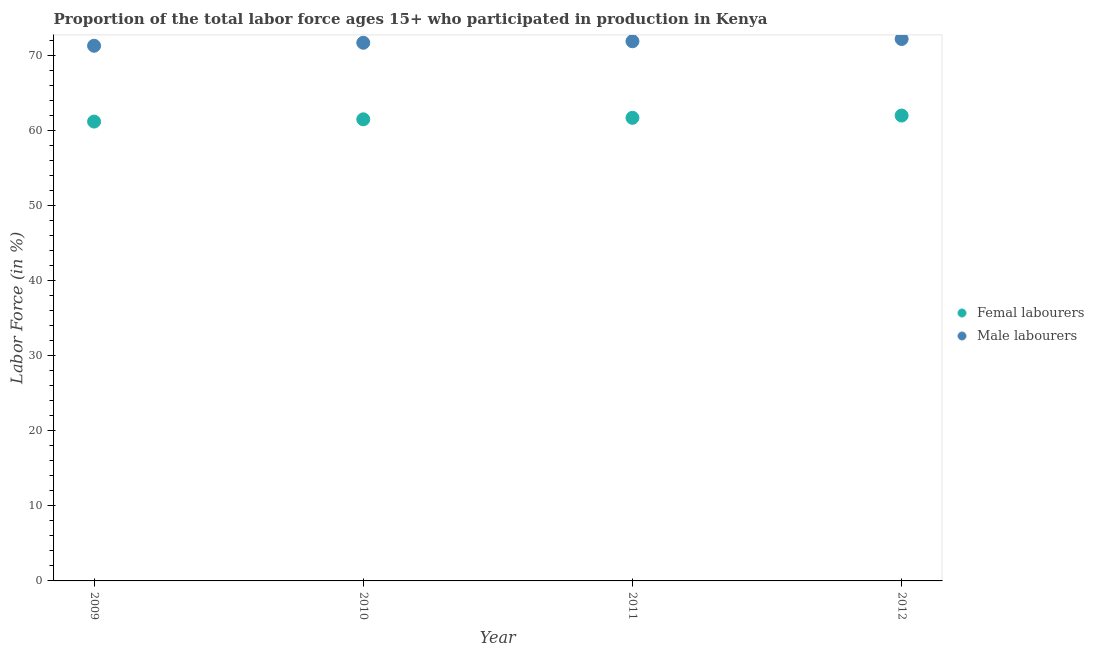
| Year | Femal labourers | Male labourers |
 | --- | --- | --- |
 | 2009 | 61.2 | 71.3 |
 | 2010 | 61.5 | 71.7 |
 | 2011 | 61.7 | 71.9 |
 | 2012 | 62 | 72.2 |